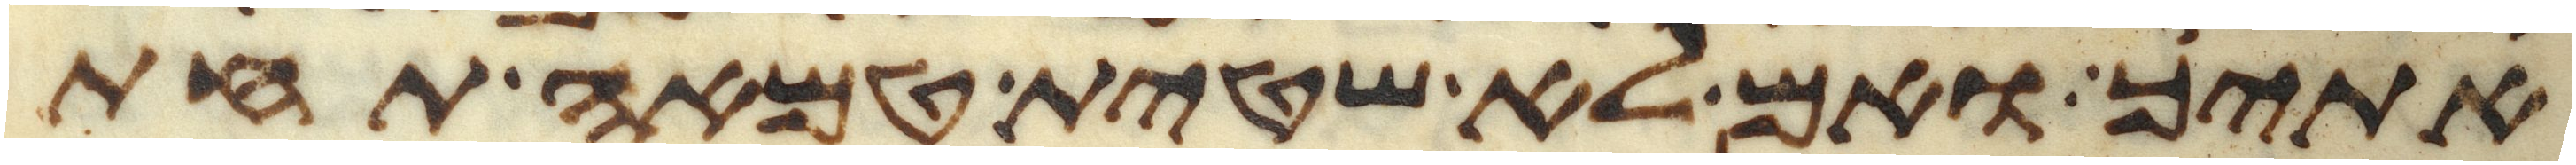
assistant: אתיך ואם לא שטית טמאה תחת